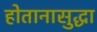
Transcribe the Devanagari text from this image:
होतानासुद्धा